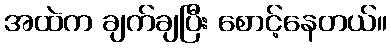
အထဲက ချက်ချပြီး စောင့်နေတယ်။